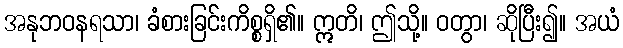
အနုဘဝနရသာ၊ ခံစားခြင်းကိစ္စရှိ၏။ ဣတိ၊ ဤသို့။ ဝတွာ၊ ဆိုပြီး၍။ အယံ